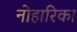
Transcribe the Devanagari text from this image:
नोहारिका